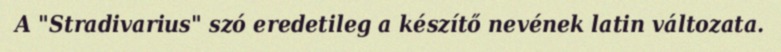
A "Stradivarius" szó eredetileg a készítő nevének latin változata.